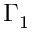
\Gamma _ { 1 }